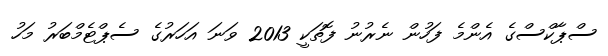
ސްޕާކްސްގެ އެންމެ ފަހުން ނެރުނު ފޮތަކީ 2013 ވަނަ އަހަރުގެ ސެޕްޓެމްބަރު މަހު